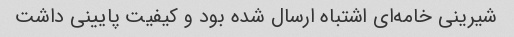
شیرینی خامه‌ای اشتباه ارسال شده بود و کیفیت پایینی داشت